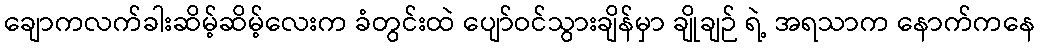
ချောကလက်ခါးဆိမ့်ဆိမ့်လေးက ခံတွင်းထဲ ပျော်ဝင်သွားချိန်မှာ ချိုချဉ် ရဲ့ အရသာက နောက်ကနေ